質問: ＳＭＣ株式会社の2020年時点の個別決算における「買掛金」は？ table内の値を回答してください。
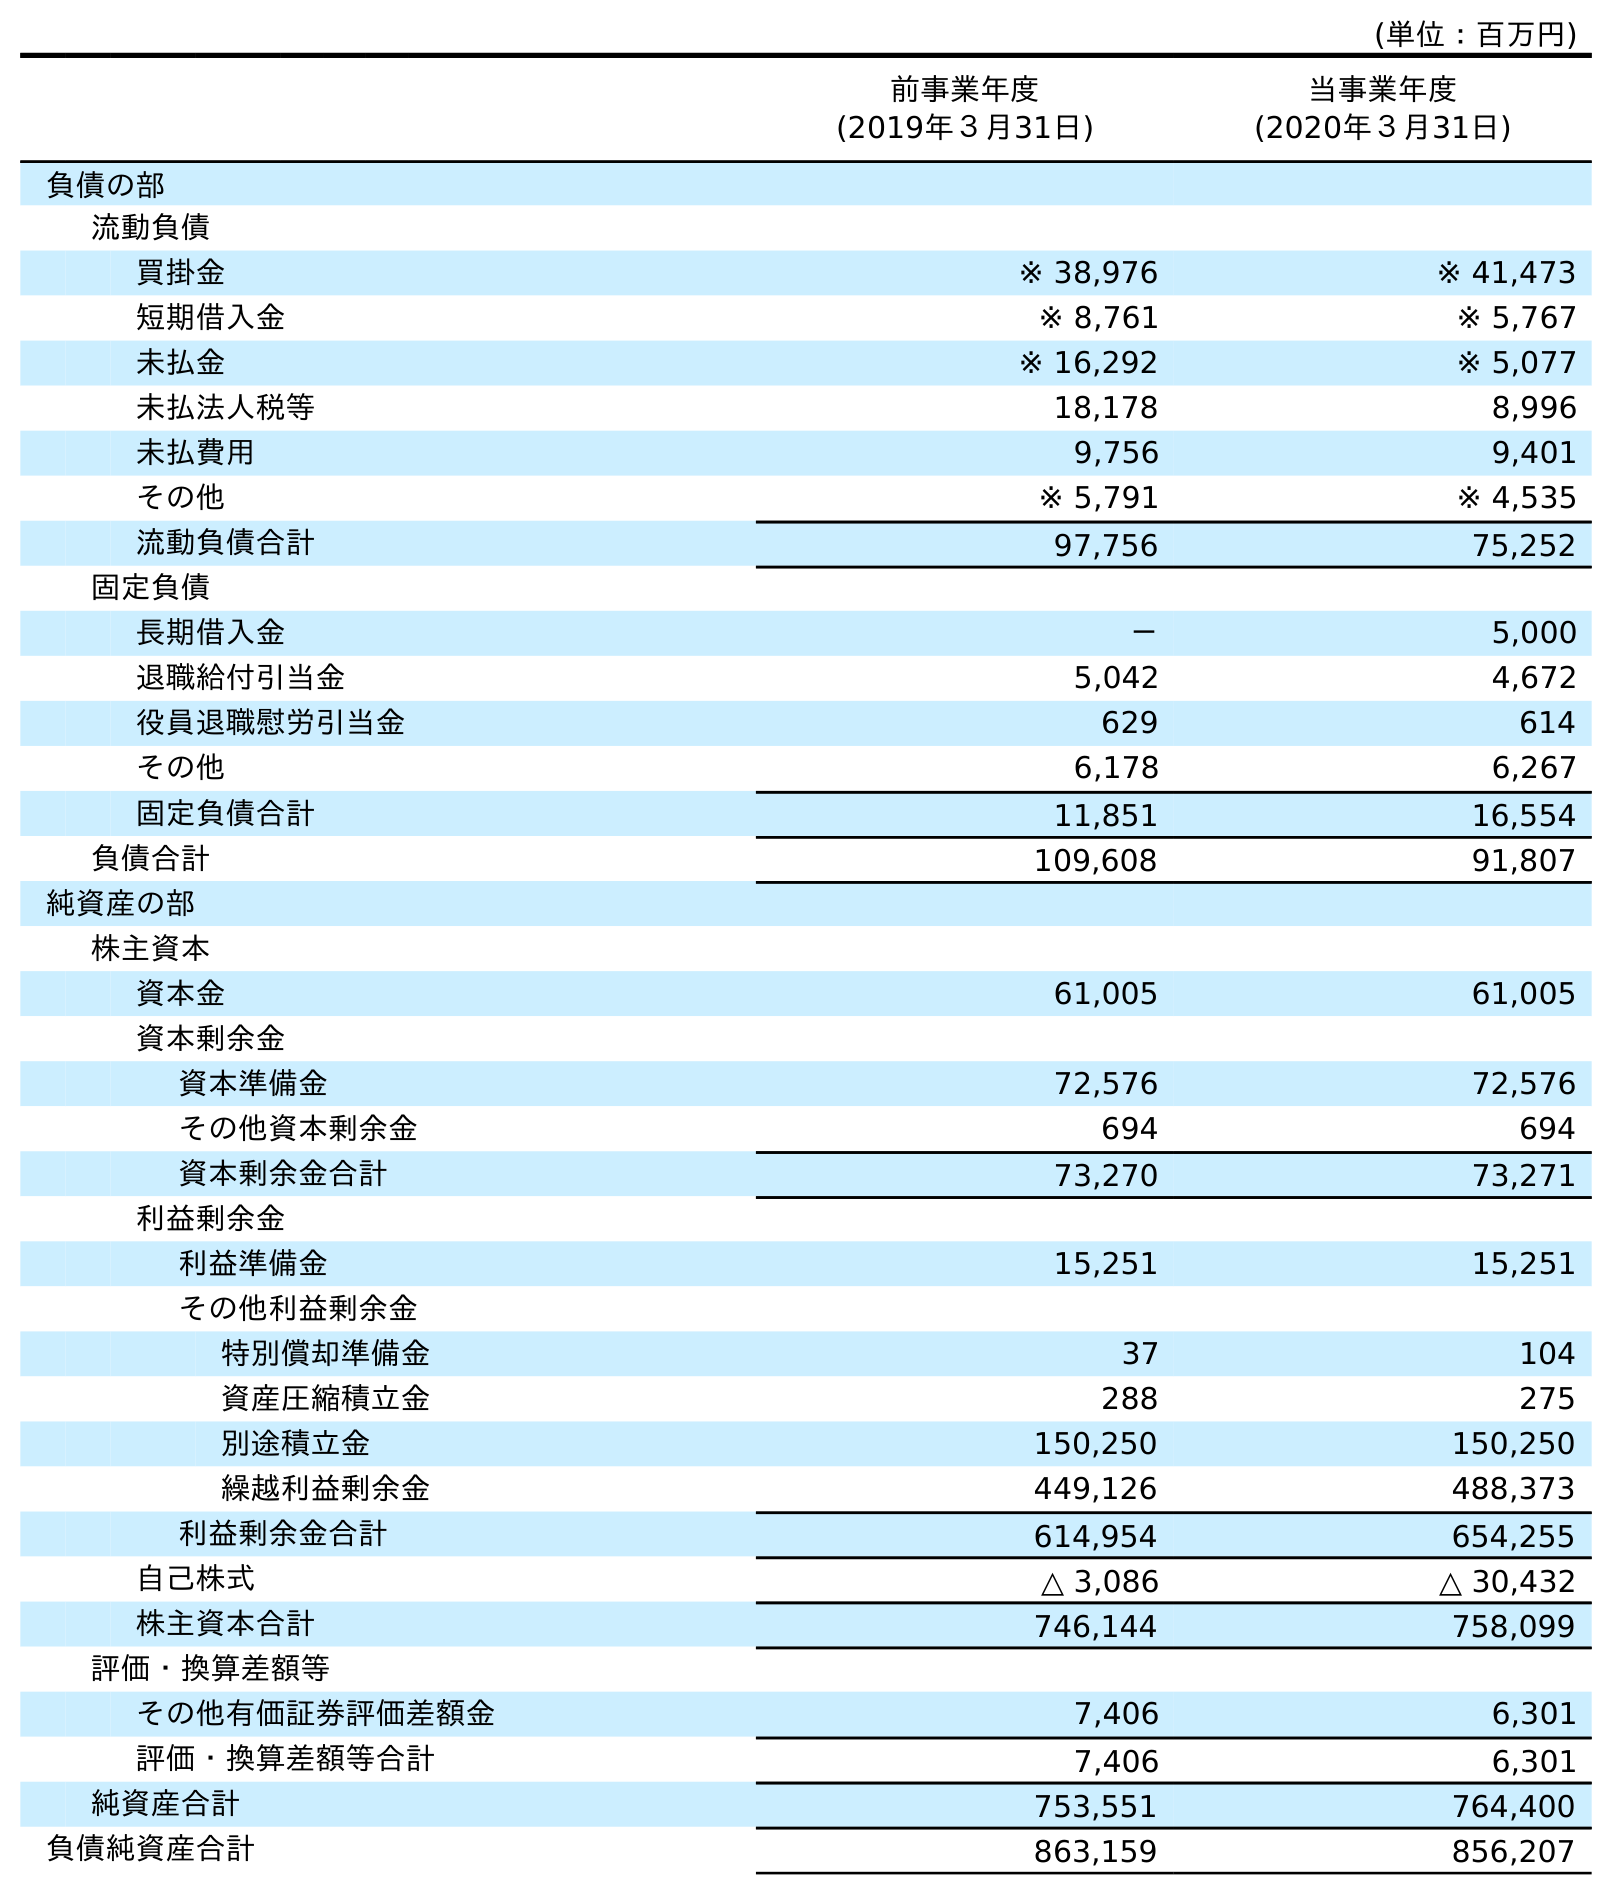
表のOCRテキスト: (単位：百万円) 前事業年度 (2019年３月31日) 当事業年度 (2020年３月31日) 負債の部 流動負債 買掛金 ※ 38,976 ※ 41,473 短期借入金 ※ 8,761 ※ 5,767 未払金 ※ 16,292 ※ 5,077 未払法人税等 18,178 8,996 未払費用 9,756 9,401 その他 ※ 5,791 ※ 4,535 流動負債合計 97,756 75,252 固定負債 長期借入金 － 5,000 退職給付引当金 5,042 4,672 役員退職慰労引当金 629 614 その他 6,178 6,267 固定負債合計 11,851 16,554 負債合計 109,608 91,807 純資産の部 株主資本 資本金 61,005 61,005 資本剰余金 資本準備金 72,576 72,576 その他資本剰余金 694 694 資本剰余金合計 73,270 73,271 利益剰余金 利益準備金 15,251 15,251 その他利益剰余金 特別償却準備金 37 104 資産圧縮積立金 288 275 別途積立金 150,250 150,250 繰越利益剰余金 449,126 488,373 利益剰余金合計 614,954 654,255 自己株式 △ 3,086 △ 30,432 株主資本合計 746,144 758,099 評価・換算差額等 その他有価証券評価差額金 7,406 6,301 評価・換算差額等合計 7,406 6,301 純資産合計 753,551 764,400 負債純資産合計 863,159 856,207
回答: ※41,473